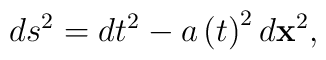
ds^{2}=dt^{2}-a\left( t\right) ^{2}d\mathbf{x}^{2},